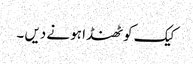
کیک کو ٹھنڈا ہو نے دیں ۔